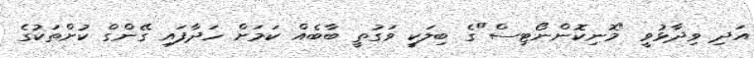
އަދި ވިދާޅުވީ "މޮނިކޮންނޯޓިސް"ގެ ބިލަކީ ވަގުތީ ބާބެއް ކަމަށް ހަދާފައި ގޭންގް ކުށްތަކުގެ